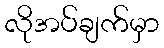
လိုအပ်ချက်မှာ